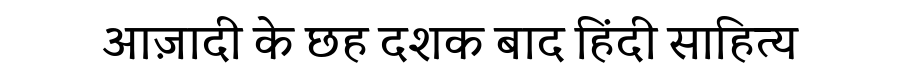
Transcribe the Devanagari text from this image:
आज़ादी के छह दशक बाद हिंदी साहित्य